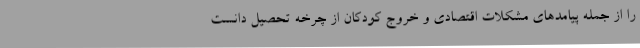
را از جمله پیامدهای مشکلات اقتصادی و خروج کودکان از چرخه تحصیل دانست